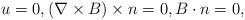
LaTeX: \begin{align*}u=0,(\nabla \times B)\times n=0,B\cdot n=0, \end{align*}